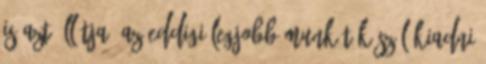
is azt állítja, az eddigi legjobb munkát készül kiadni